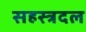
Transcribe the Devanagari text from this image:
सहस्त्रदल